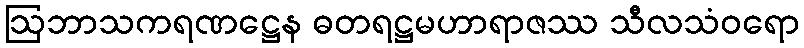
ဩဘာသကရဏဋ္ဌေန ဓတရဋ္ဌမဟာရာဇဿ သီလသံဝရော